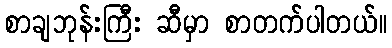
စာချဘုန်းကြီး ဆီမှာ စာတက်ပါတယ်။